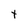
Character: t